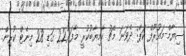
ސިޔާމް-މައުރޫފް ކަޕް: ދެވަނަ މެޗު ކާމިޔާބުކުރީ މާފަރު22 ގަޑި 28 މިނެޓް ކުރިން.